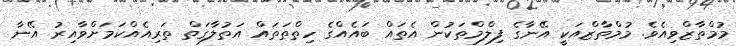
މުމްތާޒްވިއެވެ. މުމްތާޒްއަކީ އޭނާގެ ފިލްމްތަކުން އެތައް ބައެއްގެ ހިތްތަތައް އަތުލާގަތް ތަރިއެއްކަމަށްވާއިރު އޭނާ